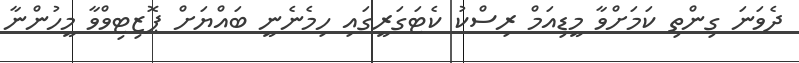
ދެވަނަ ގިންތި ކަމަށްވާ މީޑިއަމް ރިސްކު ކެޓަގަރީގައި ހިމެނެނީ ބައްޔަށް ޕޮޒިޓިވްވާ މީހުންނާ